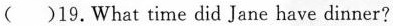
( )19.What time did Jane have dinner?